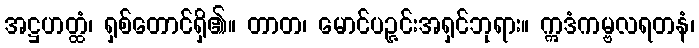
အဋ္ဌဟတ္ထံ၊ ရှစ်တောင်ရှိ၏။ တာတ၊ မောင်ပဉ္ဇင်းအရှင်ဘုရား။ ဣဒံကမ္ဗလရတနံ၊